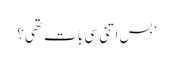
’بس اتنی سی بات تھی؟